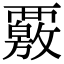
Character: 覈